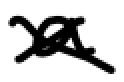
Text: a
Cross-out: cross
Writing tool: digital_black